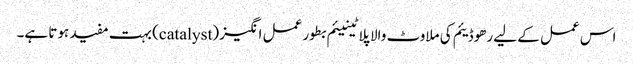
اس عمل کے لیے رھوڈیئم کی ملاوٹ والا پلاٹینیئم بطور عمل انگیز (catalyst) بہت مفید ہوتا ہے۔